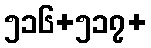
၅၁၆+၅၁၇+